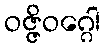
ဝဇ္ဇိဝဂ္ဂေါ